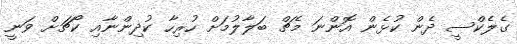
ގެލެކްސީ ދެން ކުޅެން އޮންނަ މެޗް ބަލާލުމަށް ހުރިހާ ކުދިންނާއި ކޯޗަށް ވަނީ